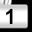
Digit: 1